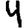
Digit: 4